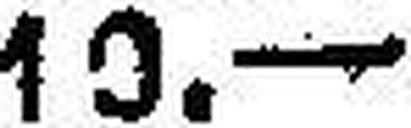
10.—